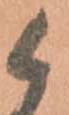
候